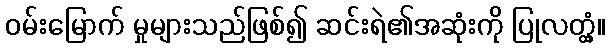
ဝမ်းမြောက် မှုများသည်ဖြစ်၍ ဆင်းရဲ၏အဆုံးကို ပြုလတ္တံ့။